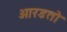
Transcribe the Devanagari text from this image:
ओरडतो